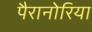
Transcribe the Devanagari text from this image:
पैरानोरिया